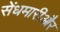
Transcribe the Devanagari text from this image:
सेंधमारीऔर